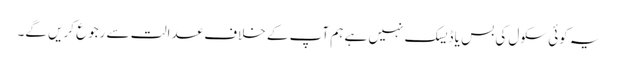
یہ کوئی سکول کی بس یا ڈیسک نہیں ہے ہم آپ کے خلاف عدالت سے رجوع کریں گے۔